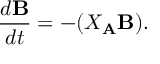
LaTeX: { \frac { d { \bf B } } { d t } } = - ( X _ { \bf A } { \bf B } ) .